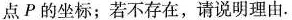
点P的坐标，若不存在，请说明理由.